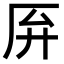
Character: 𫨄